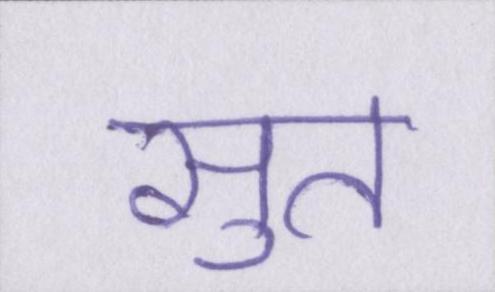
सुत